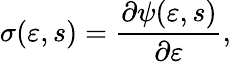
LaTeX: \mathbf{\sigma}(\mathbf{\varepsilon},s)=\frac{\partial\psi(\mathbf{\varepsilon},s)}{\partial\mathbf{\varepsilon}},